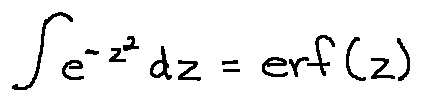
\int e ^ { - z ^ { 2 } } d z = e r f ( z )